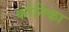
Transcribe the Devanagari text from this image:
कोर्निका